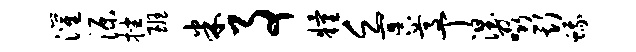
灌源挫班米事粮乏冥尊丁涅啜斯蛾